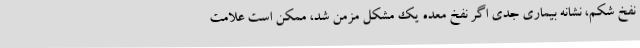
نفخ شکم، نشانه بیماری جدی اگر نفخ معده یک مشکل مزمن شد، ممکن است علامت